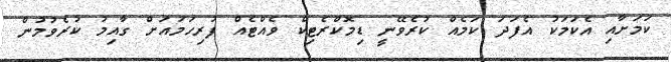
ކަމަށާއި އެކަމަކު އެފަދަ ކަމެއް ކުރެވޭނީ ޑިމޮކްރެޓިކް ވެއްޓެއް ފުރިހަމައަށް ގާއިމު ކުރެވުމުން